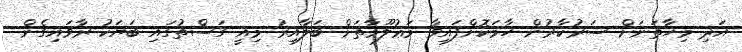
އަދި މިހާތަނަށް ސަރުކާރުން ހާމަކޮށްފައިވާ މަޢުލޫމާތަށް ބަލާއިރު މިއީ ގަސްތުގައި ބަޔަކު ރާވައިގެން